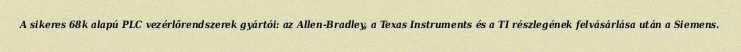
A sikeres 68k alapú PLC vezérlőrendszerek gyártói: az Allen-Bradley, a Texas Instruments és a TI részlegének felvásárlása után a Siemens.